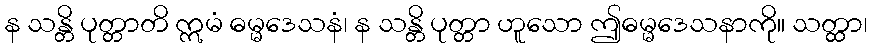
န သန္တိ ပုတ္တာတိ ဣမံ ဓမ္မဒေသနံ၊ န သန္တိ ပုတ္တာ ဟူသော ဤဓမ္မဒေသနာကို။ သတ္ထာ၊